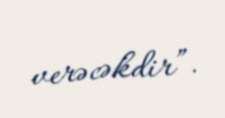
verəcəkdir”.